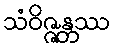
သံဝိဇ္ဇန္တဿ